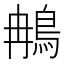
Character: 𬷇